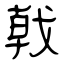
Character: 戟